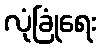
လုံခြုံရေး